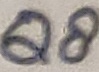
Text: Q8